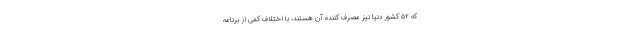
که ۵۲ کشور دنیا نیز مصرف کننده آن هستند، با اختلاف کمی از برنامه